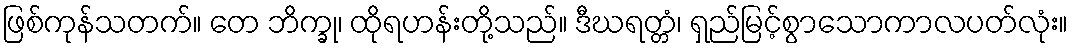
ဖြစ်ကုန်သတက်။ တေ ဘိက္ခု၊ ထိုရဟန်းတို့သည်။ ဒီဃရတ္တံ၊ ရှည်မြင့်စွာသောကာလပတ်လုံး။